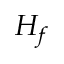
H _ { f }